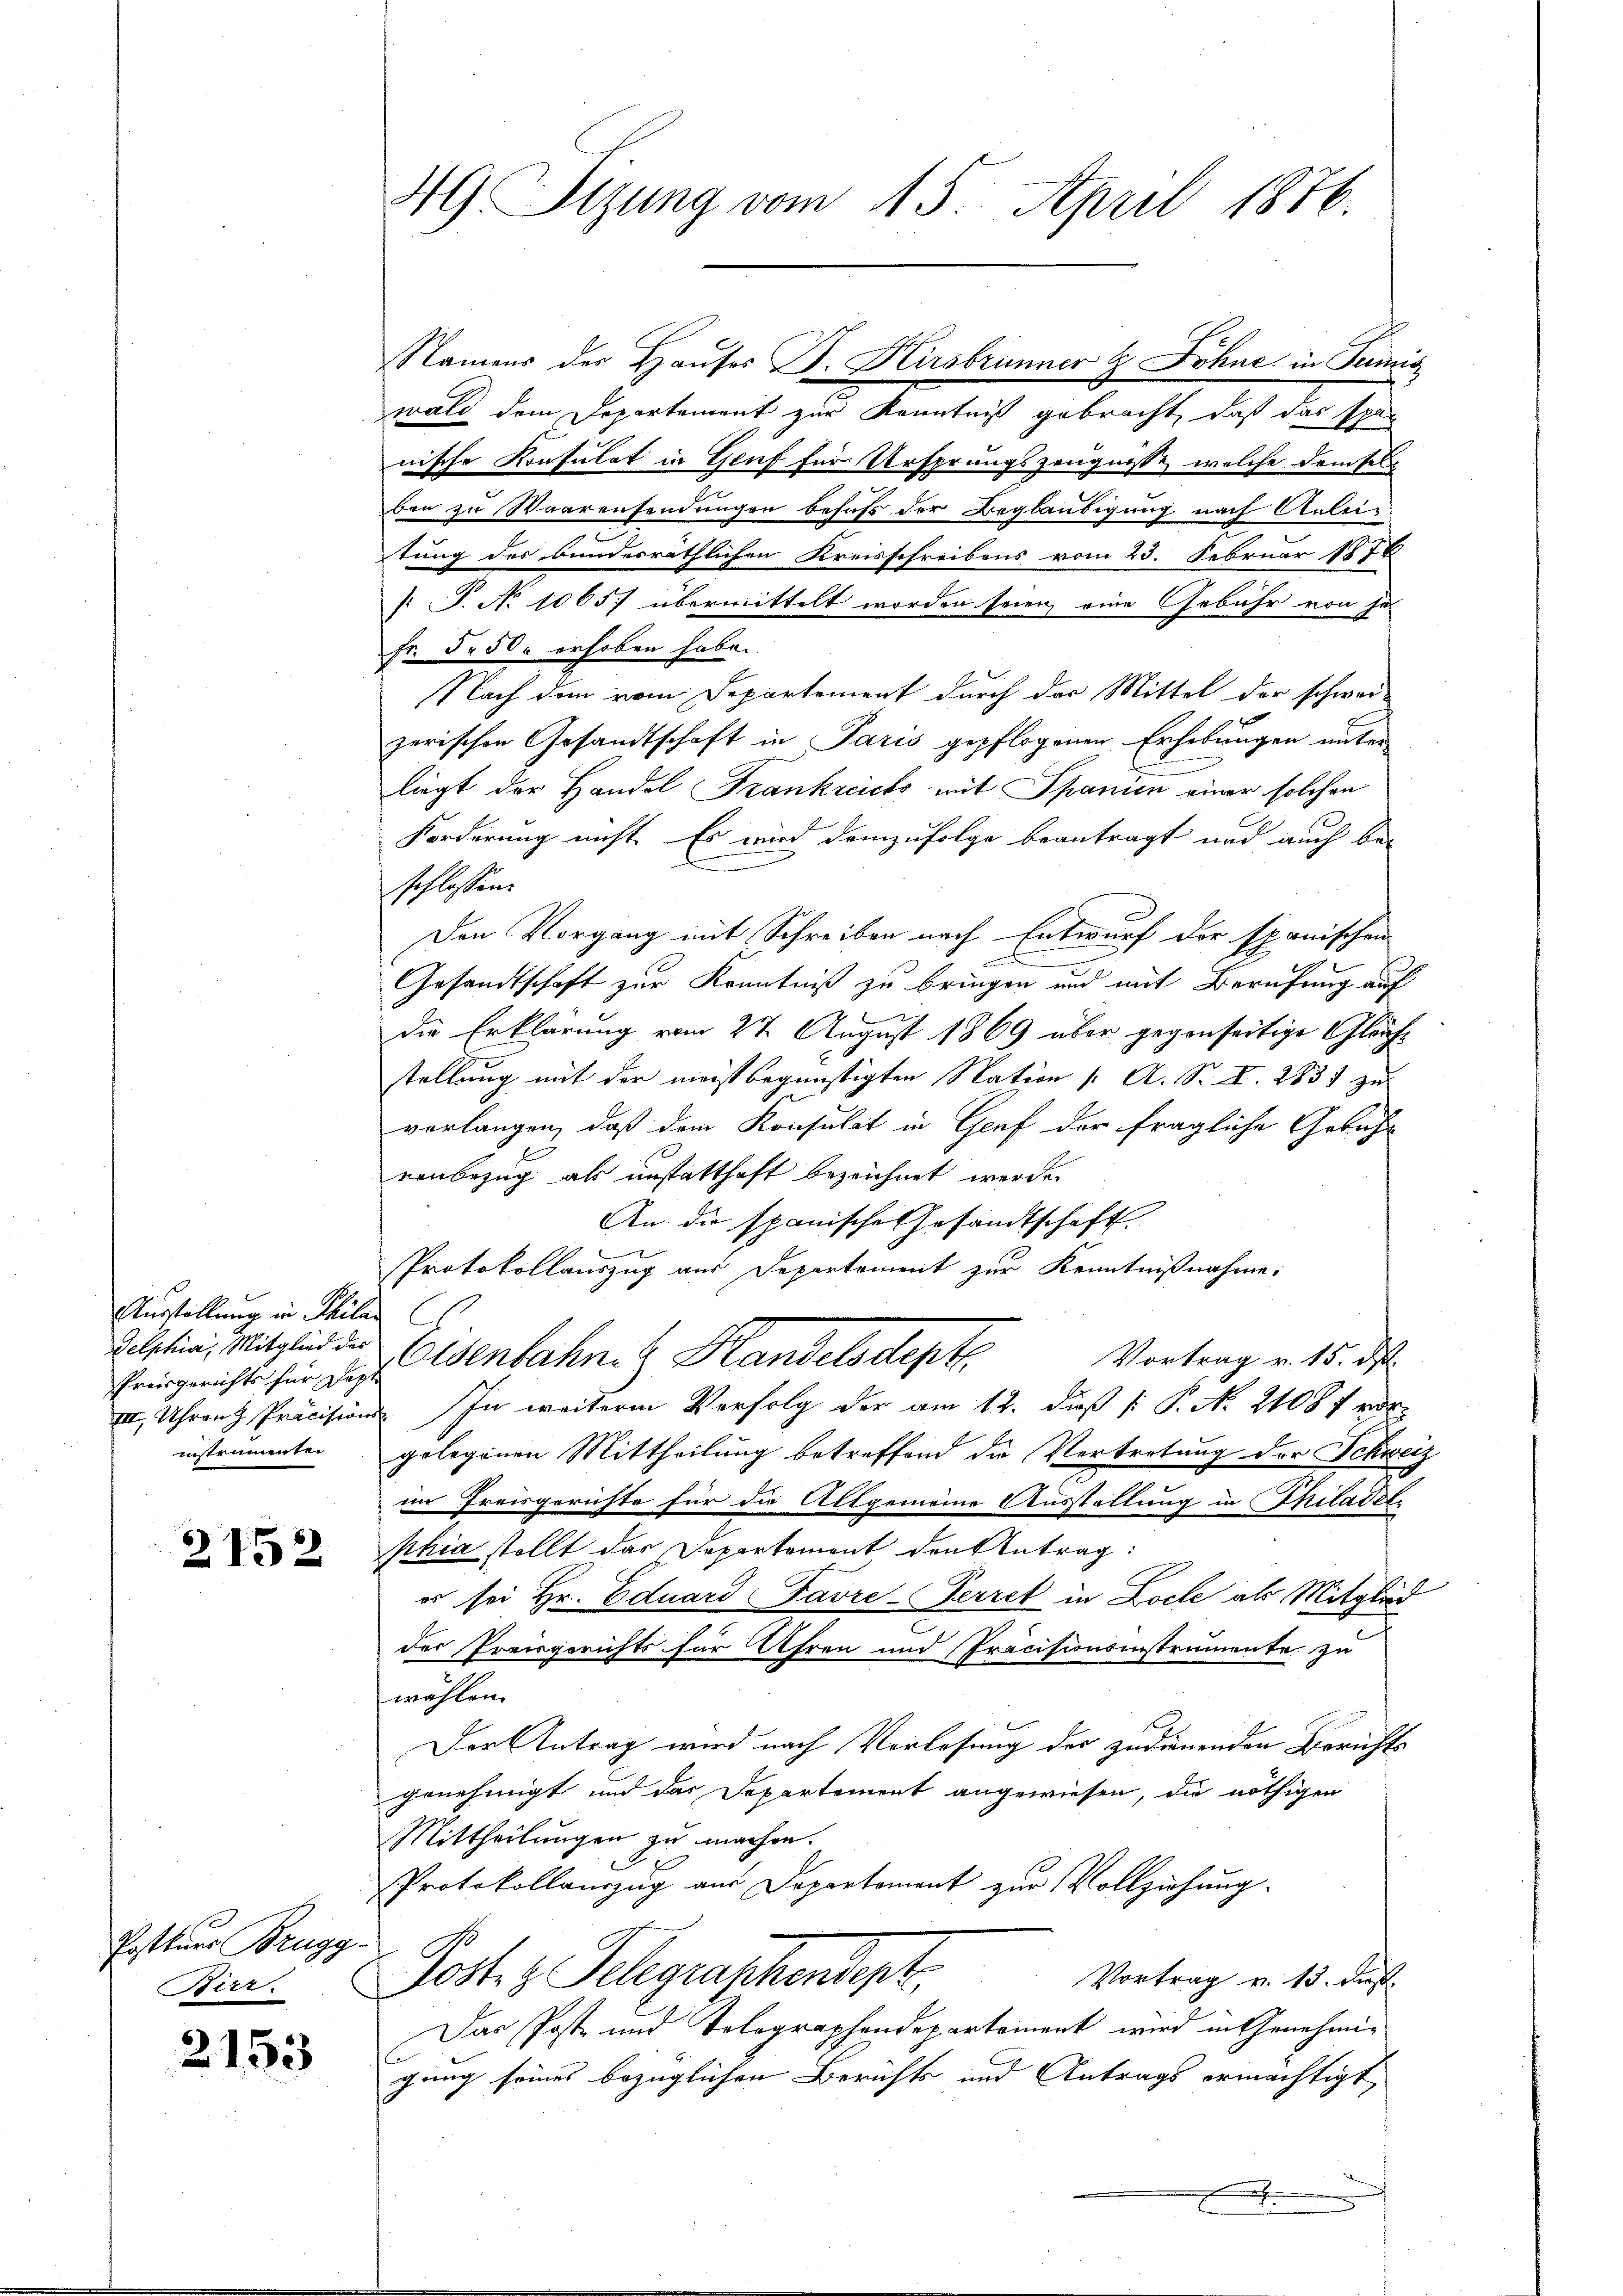
Ausstellung in Philan
Delphia, Mitglied des
instrumentei

2152

Postkurs Brugg
Kirr.

2153

wald dem Departement zur Kenntniß gebracht, daß das spär
nische Konsulat in Genf für Ursprungszeugniße, welche demselban zu Waarensendungen behufs der Begländigung nach Anleitung des bundesräthlichen Kreisschreibens vom 23. Februar 1878
[ P. No 1065. übermittelt worden seien, eine Gebühr von je
fr. 5. 50 erhoben habe.
Nach dem vom Departement durch der Mittel der schwei-
zerischen Gesandtschaft in Paris gepflogenen Erhebungen unter
liegt der Handel Frankreichs mit Spanien einer solchen
Forderung nicht. Es wird demzufolge beantragt und auch beschlossen.
Den Vorgang mit Schreiben nach Entwurf der spanischen
Gesandtschaft zur Kenntniß zu bringen und mit Berufung auf
die Erklärung vom 27. August 1869 über gegenseitige Gleichstellung mit der meist begünstigten Nation ( A. Sr. K. 2835 zu
vorlangen, daß dem Konsulat in Genf der fragliche Gebühr
renbezug als unstatthaft bezeichnet werde.
An die spanische Gesandtschaft
.
Protokollauszug aus Departonient zur Kenntnißnahme:
Vortrag v. 15. d.
Fringericht hier dessenbahn. Handelsdept.
III, Uhren Präcisions. In weitere Verfolg der am 12. dieß (: P. N. 21087 vorgelegenen Mittheilung betreffend die Vertretung der Schweiz
im Freisgerichte für die Altgemeine Ausstellung in Philadel.
phia stellt das Departement den Antrag
es sei Hr. Eduard Favre-Perret in Loche als Mitglied
der Preisgerichts für Uhren und Präcisionsinstrumente zu
wählen.
Der Antrag wird nach Verlesung der zudienenden Berichts
genehmigt und das Departement angewiesen, die nöthigen
Mittheilungen zu machen.
Protokollauszug aus Departement zur Vollziehung.
Post z. Telegraschendept.
Vortrag v. 13. ds.
Das Poste und Tolographendepartement wird in Genehmigung seines bezüglichen Berichts und Antrags ermächtigt,
.

49 Sizung vom 15. April 1876.

Namens der Hauses B. Hirsbrunner & Johne in Summis